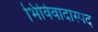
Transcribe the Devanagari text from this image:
भिविवादास्पद